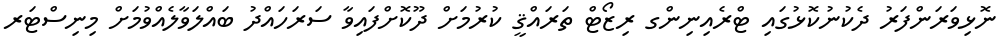
ނޮޅިވަރަންފަރު ދެކުނުކޮޅުގައި ޓްރެއިނިންގ ރިޒޯޓް ތަރައްޤީ ކުރުމަށް ދޫކޮށްފައިވާ ސަރަހައްދު ބައްލަވާލެއްވުމަށް މިނިސްޓަރ